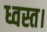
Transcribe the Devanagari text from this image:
ध्वस्त।